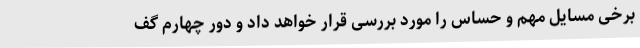
برخی مسایل مهم و حساس را مورد بررسی قرار خواهد داد و دور چهارم گف